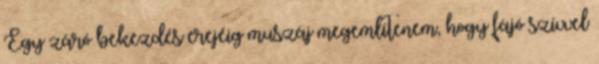
Egy záró bekezdés erejéig muszáj megemlítenem, hogy fájó szívvel